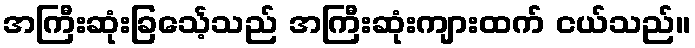
အကြီးဆုံးခြင်္သေ့သည် အကြီးဆုံးကျားထက် ငယ်သည်။